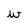
Character: w